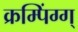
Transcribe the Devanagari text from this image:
क्रम्पिंग्ग्